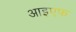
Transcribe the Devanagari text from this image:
आइएफ